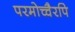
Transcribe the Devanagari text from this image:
परमोच्चैरपि